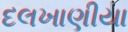
દલખાણીયા